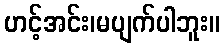
ဟင့်အင်း၊မပျက်ပါဘူး။